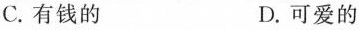
C.有钱的 D.可爱的